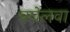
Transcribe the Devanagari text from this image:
बघेलवा